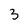
Character: 3